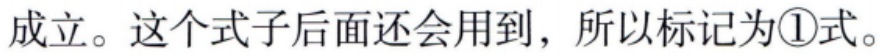
成立。这个式子后面还会用到，所以标记为\textcircled{1}式。